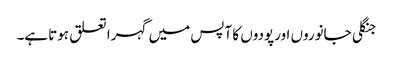
جنگلی جانوروں اورپودوں کا آپس میں گہرا تعلق ہوتاہے۔